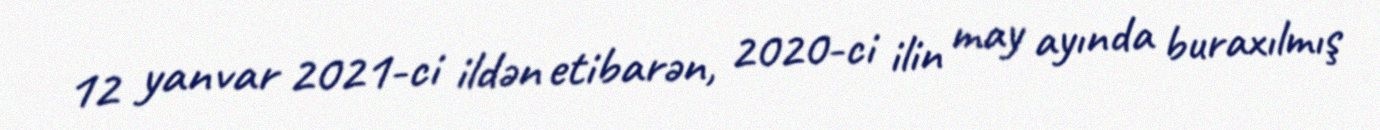
12 yanvar 2021-ci ildən etibarən, 2020-ci ilin may ayında buraxılmış